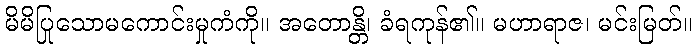
မိမိပြုသောမကောင်းမှုကံကို။ အတောန္တိ၊ ခံရကုန်၏။ မဟာရာဇ၊ မင်းမြတ်။